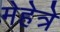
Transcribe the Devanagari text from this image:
मेहेत्रे